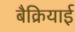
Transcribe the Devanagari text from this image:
बैक्रियाई